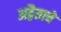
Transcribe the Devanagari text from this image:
अद्वैताचे